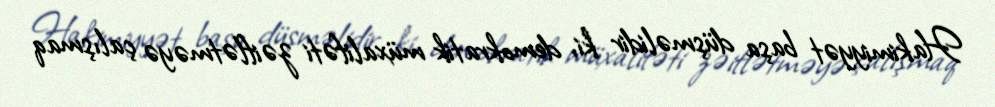
Hakimiyyət başa düşməlidir ki, demokratik müxalifəti zəiflətməyə çalışmaq